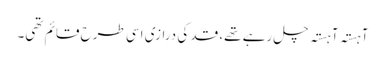
آہستہ آہستہ چل رہے تھے، قد کی درازی اسی طرح قائم تھی۔